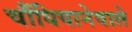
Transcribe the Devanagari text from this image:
चौंधियानेवाले